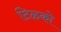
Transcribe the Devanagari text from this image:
टिळको